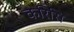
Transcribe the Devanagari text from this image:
करिसि